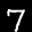
Label: 7